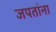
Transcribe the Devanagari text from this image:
जपतांना